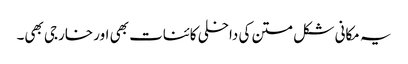
یہ مکانی شکل متن کی داخلی کائنات بھی اور خارجی بھی۔